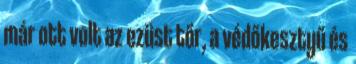
már ott volt az ezüst tőr, a védőkesztyű és